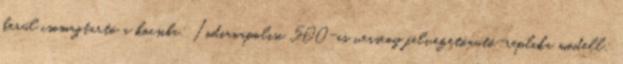
kerül csomagtartó a kocsiba; Indianapolisi 500-as verseny felvezetőautó-replika modell;